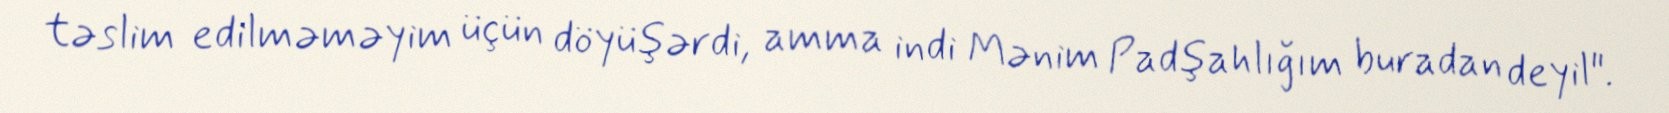
təslim edilməməyim üçün döyüşərdi, amma indi Mənim Padşahlığım buradan deyil".